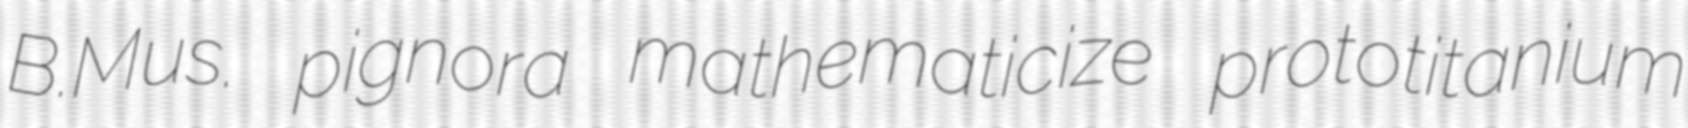
B.Mus. pignora mathematicize prototitanium